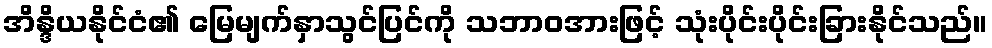
အိန္ဒိယနိုင်ငံ၏ မြေမျက်နှာသွင်ပြင်ကို သဘာဝအားဖြင့် သုံးပိုင်းပိုင်းခြားနိုင်သည်။